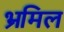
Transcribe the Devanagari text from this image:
भ्रमिल